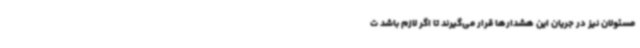
مسئولان نیز در جریان این هشدارها قرار می‌گیرند تا اگر لازم باشد ت